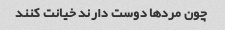
چون مردها دوست دارند خیانت کنند